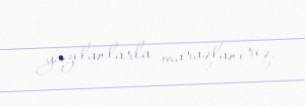
yazılanlarla maraqlanırıq.